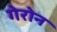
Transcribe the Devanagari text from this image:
गेरोन